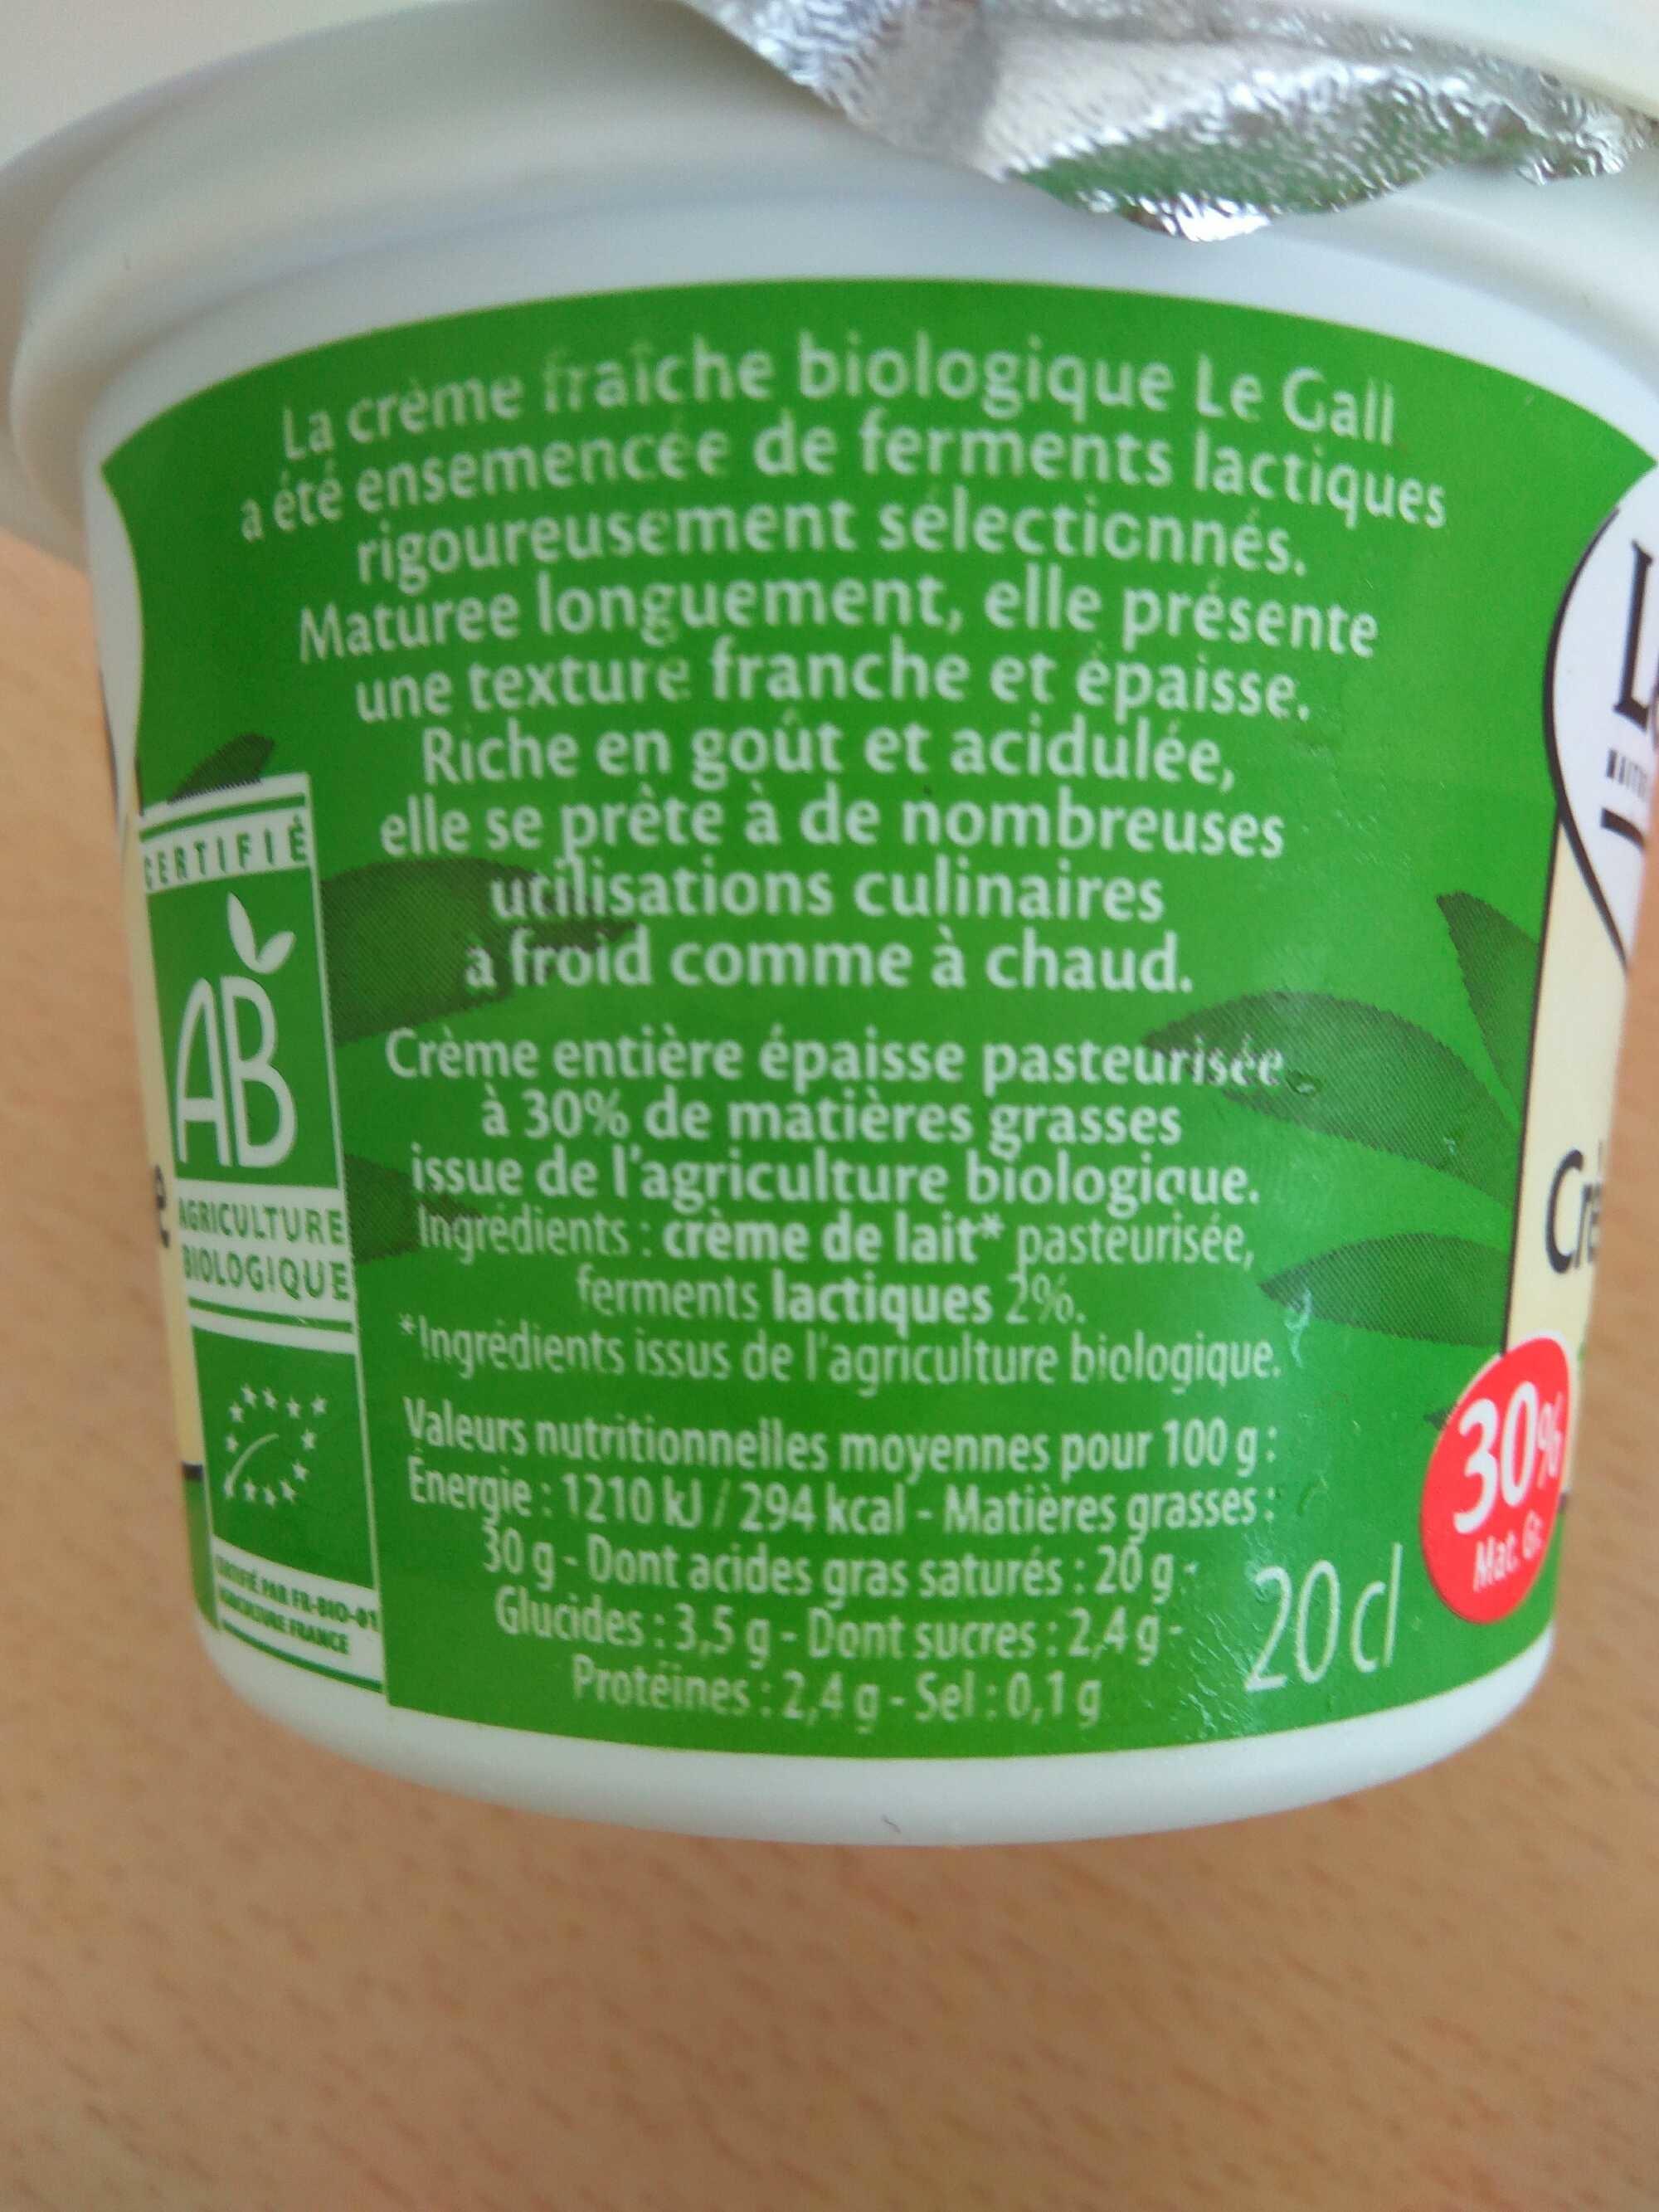
La crème fraiche biologique Le Gall a été ensemencée de ferments lactiques
rigoureusement sélectionnés. Maturee longuement, elle présente une texture franche et épaisse.
Riche en goût et acidulée, TIFLE elle se prête à de nombreuses utilisations culinaires à froid comme à chaud.
AGRICULTURE BIOLOGIQUE
6
Crème entière épaisse pasteurisée à 30% de matières grasses issue de l'agriculture biologique. Ingredients: crème de lait* pasteurisée, ferments lactiques 2%. *Ingredients issus de l'agriculture biologique. Valeurs nutritionnelles moyennes pour 100 g: Energie: 1210 kJ/294 kcal - Matières grasses: 30 g-Dont acides gras saturés: 20 gGlucides: 3,5g-Dont sucres: 2.4g Protéines:2,4 g-Sel:0,1g
FEPAR FR-810-41
Cr
30% 20d